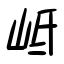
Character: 岻